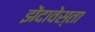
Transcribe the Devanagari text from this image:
झेंदावेस्ता